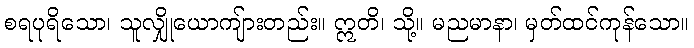
စရပုရိသော၊ သူလျှိုယောကျ်ားတည်း။ ဣတိ၊ သို့။ မညမာနာ၊ မှတ်ထင်ကုန်သော။